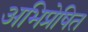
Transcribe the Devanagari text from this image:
अभिप्रेषित